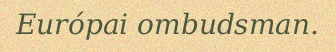
Európai ombudsman.